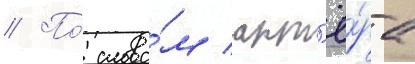
// По́ слова́м акт'ё́ра